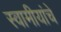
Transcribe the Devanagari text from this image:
स्वामीयांचे